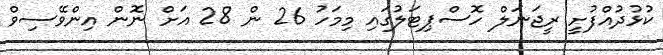
ކުޅުދުއްފުށީ ރީޖަނަލް ހޮސްޕިޓަލުގައި މިމަހު 26 ން 28 އަށް ނޮން އިންވޭސިވް